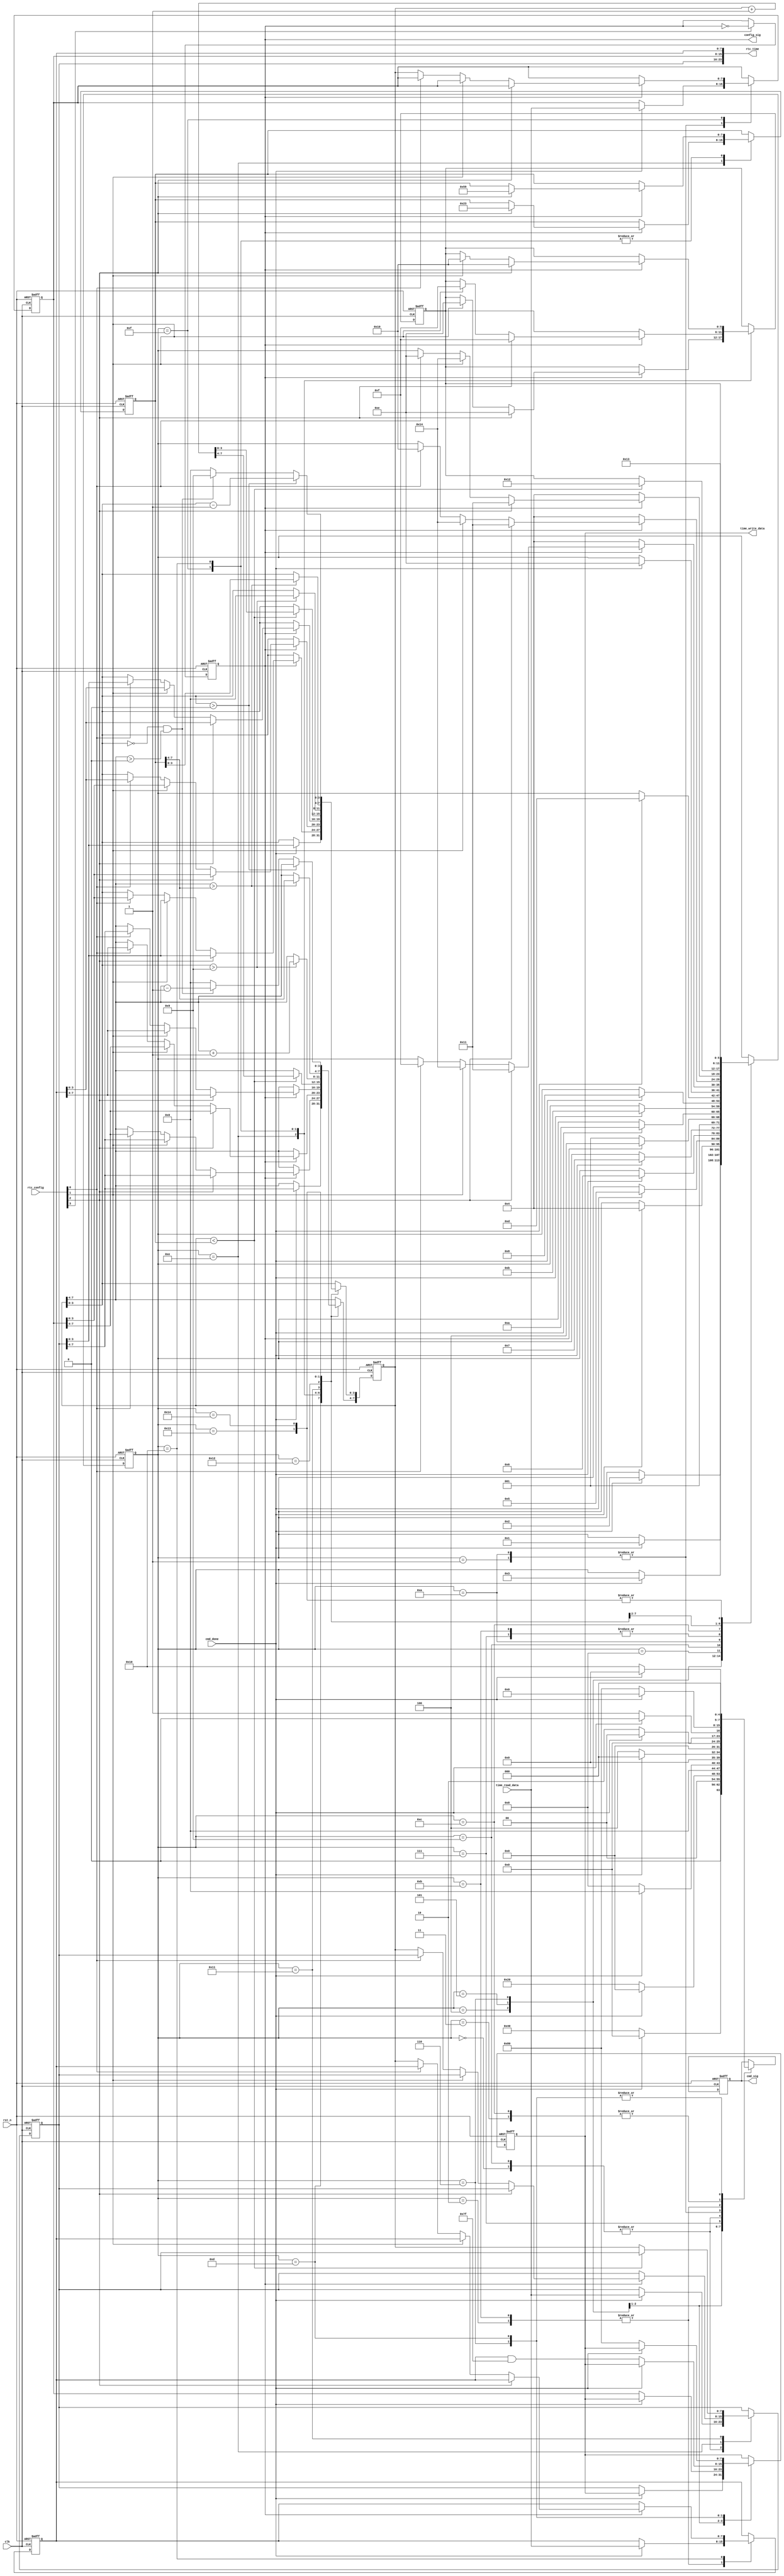
//rtc:  

module rtc_control
(
    input clk,
    input rst_n,
    
    input [3:0] rtc_config,
    output [23:0] rtc_time,
    
    input cmd_done,
    output reg [7:0] cmd_sig,
    
    input [7:0] time_read_data,
    output reg [7:0] time_write_data,
    
    output config_sig
);


    parameter write_unprotect       = 8'b1000_0000;
    parameter write_hour            = 8'b0100_0000;
    parameter write_minute          = 8'b0010_0000;
    parameter write_second          = 8'b0001_0000;
    parameter write_protect         = 8'b0000_1000;
    parameter read_hour             = 8'b0000_0100;
    parameter read_minute           = 8'b0000_0010;
    parameter read_second           = 8'b0000_0001;


    /**************************/
    
    reg isConfig; //
    
    always @(posedge clk or negedge rst_n)
    begin
        if(!rst_n)
            isConfig <= 1'b0;
        else if(rtc_config[3])
            isConfig <= ~isConfig;
    end
    
    assign config_sig = isConfig;
    
    /**************************/
    
    reg [5:0] i;            //
    reg [5:0] go;           //
    reg [7:0] hour;         //
    reg [7:0] minute;       //
    reg [7:0] second;       //
    reg [7:0] temp;         //,,
    reg [7:0] comp;         //,,
    
    
    always @(posedge clk or negedge rst_n)
    begin
        if(!rst_n)
        begin
            i <= 6'd0;
            go <= 6'd0;
            cmd_sig <= 8'd0;
            time_write_data <= 8'd0;
            hour <= 8'd0;
            minute <= 8'd0;
            second <= 8'd0;
            temp <= 8'd0;
            comp <= 8'd0;
        end
        else
        begin
            case(i)
                
                /* initial mode */
                
                0:
                begin //read hour value for initializing hour register
                    if(cmd_done)
                    begin
                        i <= 1;
                        cmd_sig <= 8'd0;
                        hour <= time_read_data;
                    end
                    else
                        cmd_sig <= read_hour;
                end
                
                1:
                begin //read minute value for initializing minute register
                    if(cmd_done)
                    begin
                        i <= 2;
                        cmd_sig <= 8'd0;
                        minute <= time_read_data;
                    end
                    else
                        cmd_sig <= read_minute;
                end
                
                2:
                begin //read second value for initializing second register
                    if(cmd_done)
                    begin
                        i <= 3;
                        cmd_sig <= 8'd0;
                        second <= time_read_data;
                    end
                    else
                        cmd_sig <= read_second;
                end
                
                3:
                begin //write unprotect
                    if(cmd_done)
                    begin
                        i <= 4;
                        cmd_sig <= 8'd0;
                    end
                    else
                        cmd_sig <= write_unprotect;
                end
                
                4:
                begin //init hour
                    if(cmd_done)
                    begin
                        i <= 5;
                        cmd_sig <= 8'd0;
                    end
                    else
                    begin
                        cmd_sig <= write_hour;
                        time_write_data <= hour;
                    end
                end
                
                5:
                begin //init minute
                    if(cmd_done)
                    begin
                        i <= 6;
                        cmd_sig <= 8'd0;
                    end
                    else
                    begin
                        cmd_sig <= write_minute;
                        time_write_data <= minute;
                    end
                end
                
                6:
                begin //init second and start
                    if(cmd_done)
                    begin
                        i <= 7;
                        cmd_sig <= 8'd0;
                    end
                    else
                    begin
                        cmd_sig <= write_second;
                        time_write_data <= (second & 8'h7F); //bit7=0 -- start
                    end
                end
                
                7:
                begin //write protect
                    if(cmd_done)
                    begin
                        i <= 8;
                        cmd_sig <= 8'd0;
                    end
                    else
                        cmd_sig <= write_protect;
                end
                
                /* normal mode */
                
                8:
                begin //judge ? setting
                    if(isConfig)
                        i <= 12;
                    else
                        i <= 9;
                end
                
                9:
                begin //read hour
                    if(cmd_done)
                    begin
                        i <= 10;
                        cmd_sig <= 8'd0;
                        hour <= time_read_data;
                    end
                    else
                        cmd_sig <= read_hour;
                end
                
                10:
                begin //read minute
                    if(cmd_done)
                    begin
                        i <= 11;
                        cmd_sig <= 8'd0;
                        minute <= time_read_data;
                    end
                    else
                        cmd_sig <= read_minute;
                end
                
               11:
                begin //read second
                    if(cmd_done)
                    begin
                        i <= 8;
                        cmd_sig <= 8'd0;
                        second <= time_read_data;
                    end
                    else
                        cmd_sig <= read_second;
                end
                
                /* setting mode */
                
                12:
                begin //write unprotect
                    if(cmd_done)
                    begin
                        i <= 13;
                        cmd_sig <= 8'd0;
                    end
                    else
                        cmd_sig <= write_unprotect;
                end
                
                13:
                begin //Pre-config:<1>"hour,minute,second";<2>RTC
                    if(cmd_done)
                    begin
                        i <= 14;
                        cmd_sig <= 8'd0;
                        temp <= hour; //--  temphour
                    end
                    else
                    begin
                        cmd_sig <= write_second;
                        time_write_data <= 8'h80; //bit7=1 -- stop
                    end
                end
                
                14:
                begin //config hour
                    if(!isConfig) //
                        i <= 4;
                    else if(rtc_config[2]) //+1
                    begin
                        i <= 17;
                        go <= 14;
                        temp <= hour;
                        comp <= 8'h23;
                    end
                    else if(rtc_config[1]) //-1
                    begin
                        i <= 20;
                        go <= 14;
                        temp <= hour;
                    end
                    else if(rtc_config[0]) //
                    begin
                        i <= 15;
                        temp <= minute;
                    end
                    else
                        hour <= temp; //hour
                end
                
                15:
                begin //config minute
                    if(!isConfig) //
                        i <= 4;
                    else if(rtc_config[2]) //+1
                    begin
                        i <= 17;
                        go <= 15;
                        temp <= minute;
                        comp <= 8'h59;
                    end
                    else if(rtc_config[1]) //-1
                    begin
                        i <= 20;
                        go <= 15;
                        temp <= minute;
                    end
                    else if(rtc_config[0]) //
                    begin
                        i <= 16;
                        temp <= second;
                    end
                    else
                        minute <= temp;
                end
                
                16:
                begin //config second
                    if(!isConfig) //
                        i <= 4;
                    else if(rtc_config[2]) //+1
                    begin
                        i <= 17;
                        go <= 16;
                        temp <= second;
                        comp <= 8'h59;
                    end
                    else if(rtc_config[1]) //-1
                    begin
                        i <= 20;
                        go <= 16;
                        temp <= second;
                    end
                    else if(rtc_config[0]) //
                    begin
                        i <= 14;
                        temp <= hour;
                    end
                    else
                        second <= temp;
                end
                
                17: //increase
                begin
                    if(temp < comp)
                    begin
                        temp <= temp + 1'b1;
                        i <= 18;
                    end
                    else
                    begin
                        hour <= temp;
                        i <= go;
                    end
                end
                
                18:
                begin
                    if(temp[3:0] > 4'd9)
                    begin
                        temp <= {temp[7:4]+1'b1, 4'd0};
                        i <= 19;
                    end
                    else
                        i <= 19;
                end
                
                19:
                begin
                    if(temp[7:4] > comp[7:4])
                    begin
                        temp <= comp;
                        i <= go;
                    end
                    else
                        i <= go;
                end
                
                20: //decrease
                begin
                    if(temp[3:0] > 0)
                    begin
                        temp[3:0] <= temp[3:0] - 1'b1;
                        i <= go;
                    end
                    else if(temp[3:0] == 0 & temp[7:4] > 0)
                    begin
                        temp <= {temp[7:4]-1'b1, 4'd9};
                        i <= go;
                    end
                    else
                    begin
                        temp <= 8'h00;
                        i <= go;
                    end
                end
                
            endcase
        end
    end
    
    
    assign rtc_time = {hour, minute, second};
    
    
endmodule